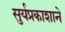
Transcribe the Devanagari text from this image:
सुर्यप्रकाशाने